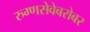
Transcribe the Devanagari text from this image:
रुग्णसेवेबरोबर